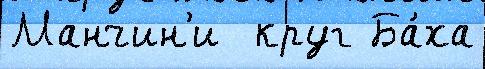
Манчин'и  круг Ба́ха